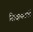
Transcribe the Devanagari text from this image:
शिक्षणखातें